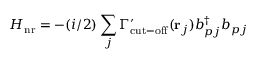
H _ { \mathrm { n r } } = - ( i / 2 ) \sum _ { j } \Gamma _ { \mathrm { c u t - o f f } } ^ { \prime } ( { \bf r } _ { j } ) b _ { p j } ^ { \dagger } b _ { p j }